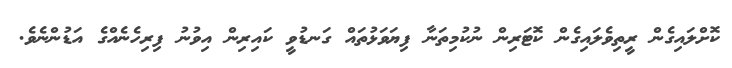
ކޮށްލައިގެން ރީތިވެލައިގެން ކޮޓަރިން ނުކުމިތަނާ ފިޔަވަޅުތައް ގަނޑުވީ ކައިރިން އިވުނު ފިރިހެނެއްގެ އަޑުންނެވެ.